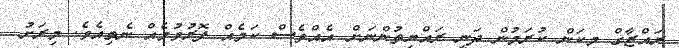
ރައްޒާގް މިކަން ކުރަމުން ދަނީ ރައްޔިތުންނަށް އެއްވެސް ކަމެއް ފޮރުވުމެއް ނެތިއެވެ. މިރަށު